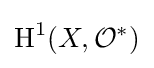
\operatorname {H} ^{1}(X,{\mathcal {O}}^{*})